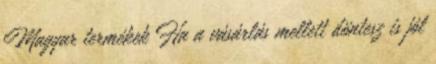
Magyar termékek Ha a vásárlás mellett döntesz is jól